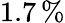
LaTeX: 1.7\, \%